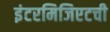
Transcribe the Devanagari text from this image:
इंटरमिजिएटची